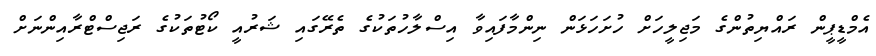
އެމްޑީޕީން ރައްޔިތުންގެ މަޖިލީހަށް ހުށަހަޅަން ނިންމާފައިވާ އިސްލާހުތަކުގެ ތެރޭގައި ޝަރުއީ ކޯޓުތަކުގެ ރަޖިސްޓްރާއިންނަށް